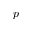
\boldsymbol { p }